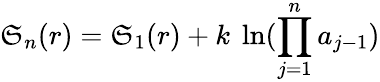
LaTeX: \mathfrak{S}_{n}(r)=\mathfrak{S}_{1}(r)+k\ \ln({\prod_{j=1}^{n}a_{j-1}})